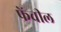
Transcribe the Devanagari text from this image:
फेंचील